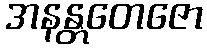
အနန္တတေဇော